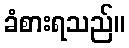
ခံစားရသည်။